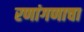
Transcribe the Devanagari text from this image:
रणांगणाचा